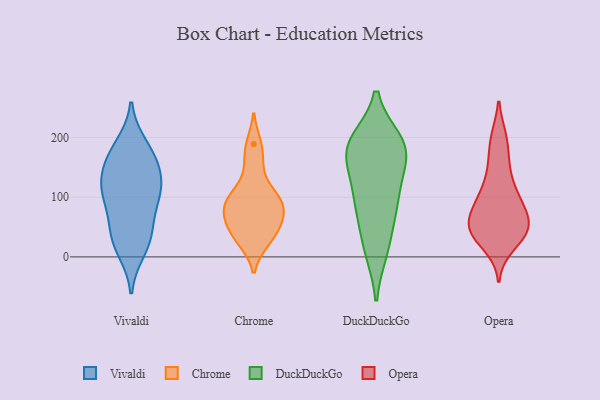
{"axis": {"x": "Website Visitors", "y": "Value"}, "legend": ["Chrome", "DuckDuckGo", "Opera", "Vivaldi"], "data": [{"x": "", "y": 186, "type": "Vivaldi"}, {"x": "", "y": 98, "type": "Vivaldi"}, {"x": "", "y": 112, "type": "Vivaldi"}, {"x": "", "y": 172, "type": "Vivaldi"}, {"x": "", "y": 160, "type": "Vivaldi"}, {"x": "", "y": 97, "type": "Vivaldi"}, {"x": "", "y": 26, "type": "Vivaldi"}, {"x": "", "y": 43, "type": "Vivaldi"}, {"x": "", "y": 155, "type": "Vivaldi"}, {"x": "", "y": 115, "type": "Vivaldi"}, {"x": "", "y": 125, "type": "Vivaldi"}, {"x": "", "y": 45, "type": "Vivaldi"}, {"x": "", "y": 12, "type": "Vivaldi"}, {"x": "", "y": 88, "type": "Chrome"}, {"x": "", "y": 156, "type": "Chrome"}, {"x": "", "y": 30, "type": "Chrome"}, {"x": "", "y": 25, "type": "Chrome"}, {"x": "", "y": 89, "type": "Chrome"}, {"x": "", "y": 99, "type": "Chrome"}, {"x": "", "y": 112, "type": "Chrome"}, {"x": "", "y": 59, "type": "Chrome"}, {"x": "", "y": 55, "type": "Chrome"}, {"x": "", "y": 68, "type": "Chrome"}, {"x": "", "y": 189, "type": "Chrome"}, {"x": "", "y": 86, "type": "DuckDuckGo"}, {"x": "", "y": 187, "type": "DuckDuckGo"}, {"x": "", "y": 120, "type": "DuckDuckGo"}, {"x": "", "y": 192, "type": "DuckDuckGo"}, {"x": "", "y": 165, "type": "DuckDuckGo"}, {"x": "", "y": 183, "type": "DuckDuckGo"}, {"x": "", "y": 171, "type": "DuckDuckGo"}, {"x": "", "y": 19, "type": "DuckDuckGo"}, {"x": "", "y": 76, "type": "DuckDuckGo"}, {"x": "", "y": 12, "type": "DuckDuckGo"}, {"x": "", "y": 100, "type": "DuckDuckGo"}, {"x": "", "y": 186, "type": "DuckDuckGo"}, {"x": "", "y": 114, "type": "Opera"}, {"x": "", "y": 100, "type": "Opera"}, {"x": "", "y": 155, "type": "Opera"}, {"x": "", "y": 89, "type": "Opera"}, {"x": "", "y": 45, "type": "Opera"}, {"x": "", "y": 198, "type": "Opera"}, {"x": "", "y": 100, "type": "Opera"}, {"x": "", "y": 37, "type": "Opera"}, {"x": "", "y": 19, "type": "Opera"}, {"x": "", "y": 47, "type": "Opera"}, {"x": "", "y": 48, "type": "Opera"}, {"x": "", "y": 37, "type": "Opera"}, {"x": "", "y": 61, "type": "Opera"}, {"x": "", "y": 199, "type": "Opera"}, {"x": "", "y": 45, "type": "Opera"}, {"x": "", "y": 81, "type": "Opera"}, {"x": "", "y": 62, "type": "Opera"}, {"x": "", "y": 151, "type": "Opera"}]}